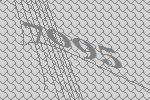
7095